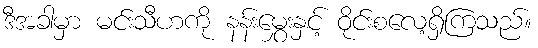
ဒီအခါမှာ မင်းသီဟကို နန်းမွှေးနှင့် ဝိုင်းစလေ့ရှိကြသည်။